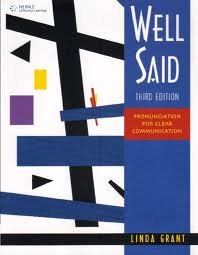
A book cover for Well Said: Pronunciation for Clear Communication 3th (third) Edition; Linda Grant; Reference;